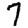
Digit: 7